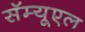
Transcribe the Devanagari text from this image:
सॅम्यूएल